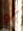
أو